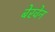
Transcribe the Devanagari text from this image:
बेरवेन